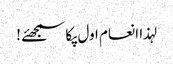
لہذا انعام اول پکا سمجھئے !